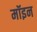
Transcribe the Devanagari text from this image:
मॉइन